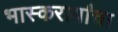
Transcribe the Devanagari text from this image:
भास्करार्यांचा